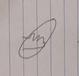
Signature authenticity: forged